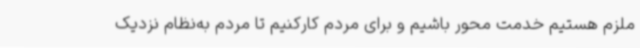
ملزم هستیم خدمت محور باشیم و برای مردم کارکنیم تا مردم به‌نظام نزدیک